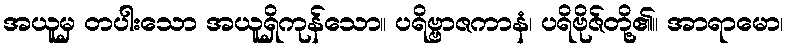
အယူမှ တပါးသော အယူရှိကုန်သော။ ပရိဗ္ဗာဇကာနံ၊ ပရိဗိုဇ်တို့၏။ အာရာမော၊